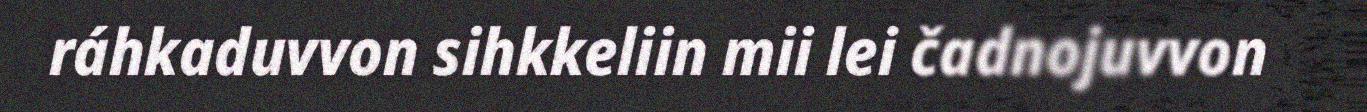
ráhkaduvvon sihkkeliin mii lei čadnojuvvon